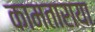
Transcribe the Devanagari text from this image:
कामताराया